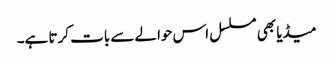
میڈیا بھی مسلسل اس حوالے سے بات کرتا ہے۔